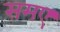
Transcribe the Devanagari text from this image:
समए